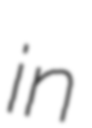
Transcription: in